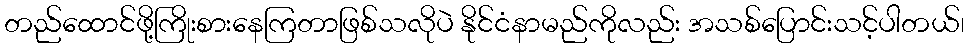
တည်ထောင်ဖို့ကြိုးစားနေကြတာဖြစ်သလိုပဲ နိုင်ငံနာမည်ကိုလည်း အသစ်ပြောင်းသင့်ပါတယ်၊